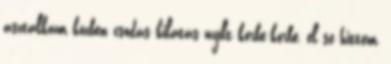
asztalkám közben csodás kilátás nyílt körbe-körbe, el se hittem,